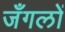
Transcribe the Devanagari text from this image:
जँगलों